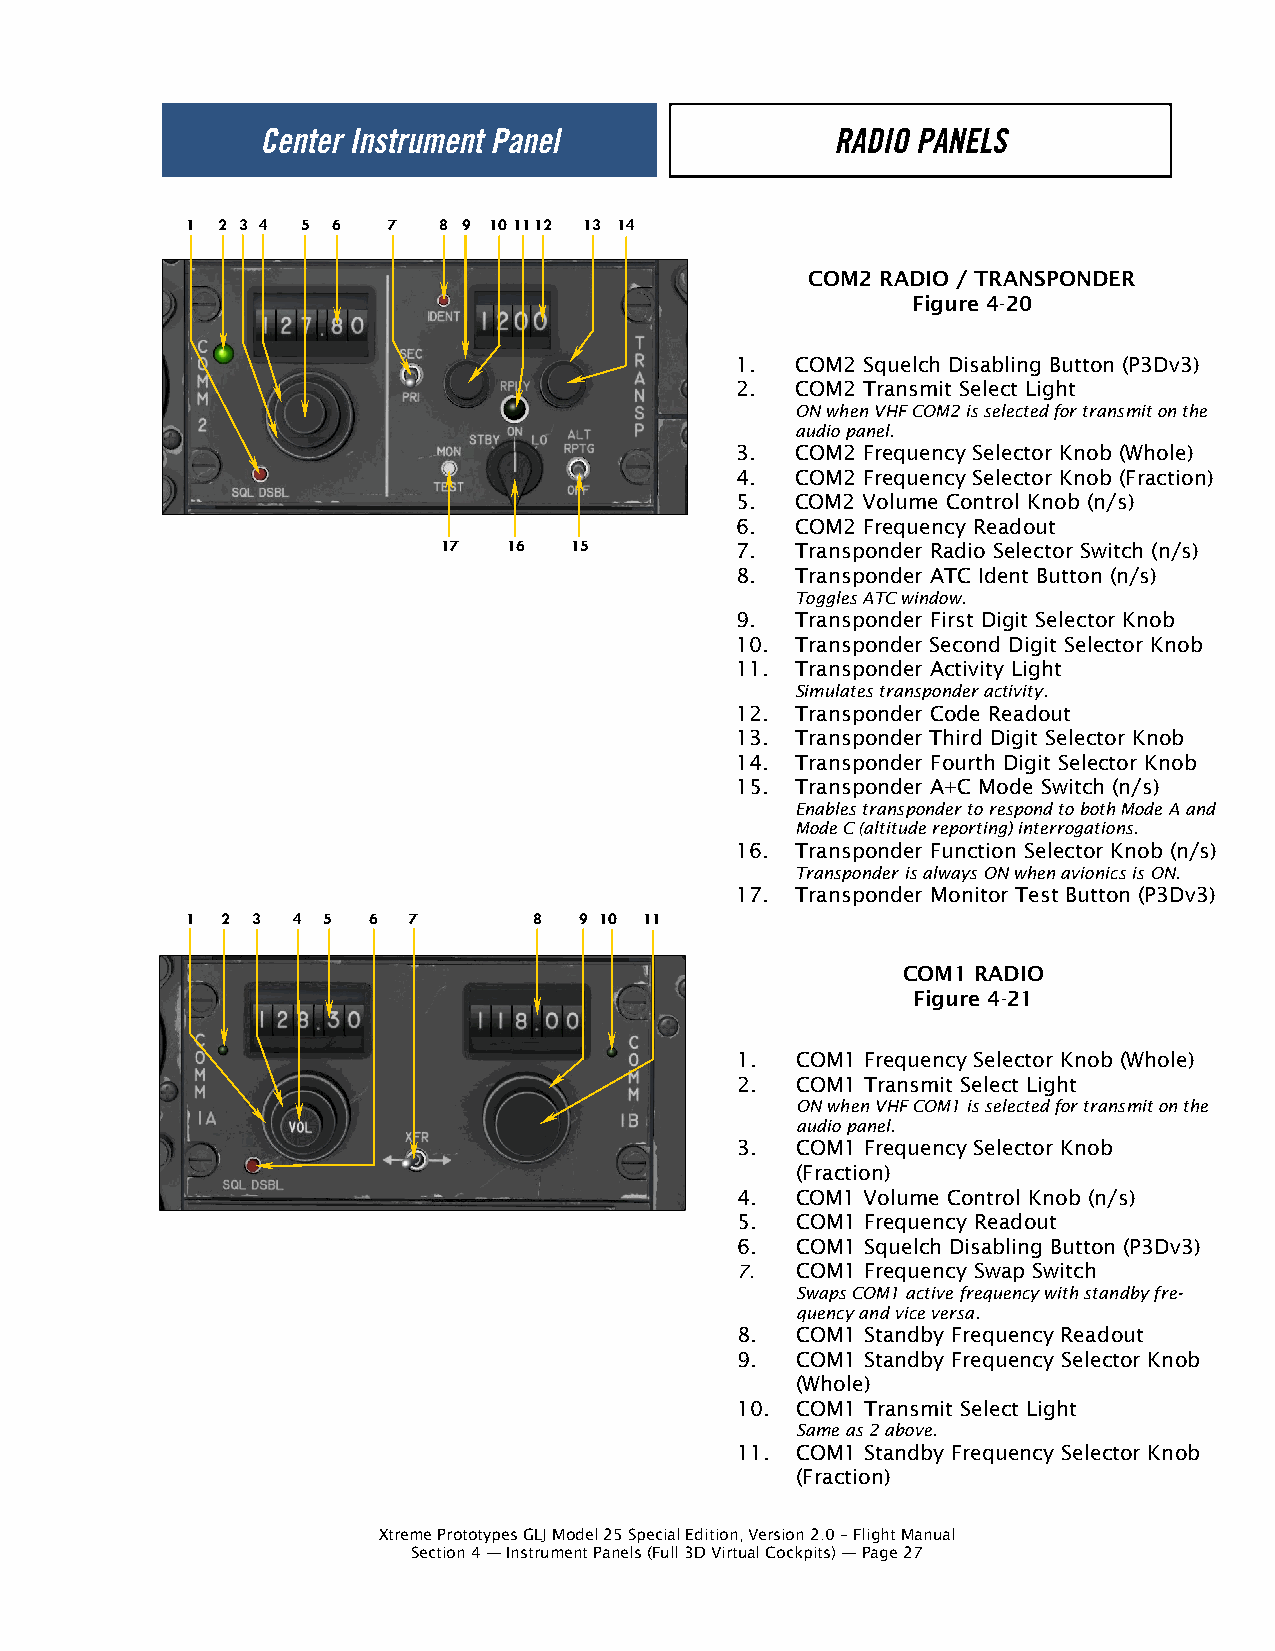
1 2 3 4 5 6   7  8 9 10 11 12 13 14
 COM2 RADIO / TRANSPONDER
 Figure 4-20
 1.  COM2 Squelch Disabling Button (P3Dv3)
 2.  COM2 Transmit Select Light
 ON when VHF COM2 is selected for transmit on the
 audio panel.
 3.  COM2 Frequency Selector Knob (Whole)
 4.  COM2 Frequency Selector Knob (Fraction)
 5.  COM2 Volume Control Knob (n/s)
 6.  COM2 Frequency Readout
 17   16  15         7.  Transponder Radio Selector Switch (n/s)
 8.  Transponder ATC Ident Button (n/s)
 Toggles ATC window.
 9.  Transponder First Digit Selector Knob
 10. Transponder Second Digit Selector Knob
 11. Transponder Activity Light
 Simulates transponder activity.
 12. Transponder Code Readout
 13. Transponder Third Digit Selector Knob
 14. Transponder Fourth Digit Selector Knob
 15. Transponder A+C Mode Switch (n/s)
 Enables transponder to respond to both Mode A and
 Mode C (altitude reporting) interrogations.
 16. Transponder Function Selector Knob (n/s)
 Transponder is always ON when avionics is ON.
 17. Transponder Monitor Test Button (P3Dv3)
 1  2 3 4 5  6  7       8  9 10 11
 COM1 RADIO
 Figure 4-21
 1.  COM1 Frequency Selector Knob (Whole)
 2.  COM1 Transmit Select Light
 ON when VHF COM1 is selected for transmit on the
 audio panel.
 3.  COM1 Frequency Selector Knob
 (Fraction)
 4.  COM1 Volume Control Knob (n/s)
 5.  COM1 Frequency Readout
 6.  COM1 Squelch Disabling Button (P3Dv3)
 7.  COM1 Frequency Swap Switch
 Swaps COM1 active frequency with standby fre-
 quency and vice versa.
 8.  COM1 Standby Frequency Readout
 9.  COM1 Standby Frequency Selector Knob
 (Whole)
 10. COM1 Transmit Select Light
 Same as 2 above.
 11. COM1 Standby Frequency Selector Knob
 (Fraction)
 Xtreme Prototypes GLJ Model 25 Special Edition, Version 2.0 – Flight Manual
 Section 4 — Instrument Panels (Full 3D Virtual Cockpits) — Page 27